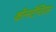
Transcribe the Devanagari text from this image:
कॉन्स्टॅन्टियस